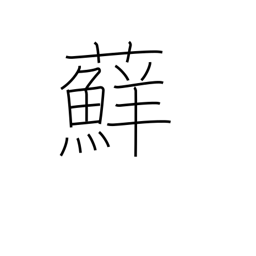
Meaning: moss